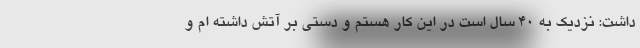
داشت: نزدیک به ۴۰ سال است در این کار هستم و دستی بر آتش داشته ام و